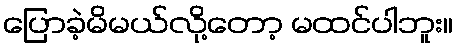
ပြောခဲ့မိမယ်လို့တော့ မထင်ပါဘူး။